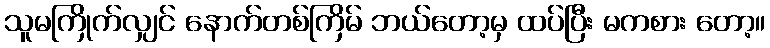
သူမကြိုက်လျှင် နောက်တစ်ကြိမ် ဘယ်တော့မှ ထပ်ပြီး မကစား တော့။